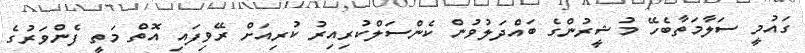
ގައުމީ ސަލާމަތާބެހޭ މުޝީރުންގެ ބައްދަލުވުން ކެންސަލްކުރިއިރު ކުރިއަށް ރޭވިފައި އޮތް މަތީ ފެންވަރުގެ